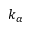
k _ { \alpha }